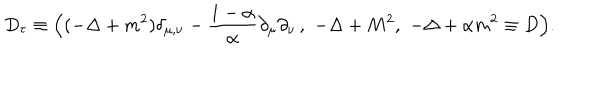
LaTeX: D _ { \tau } \equiv \Bigl ( ( - \Delta + m ^ { 2 } ) \delta _ { \mu , \nu } - \frac { 1 - \alpha } { \alpha } \partial _ { \mu } \partial _ { \nu } \, , \, \, - \Delta + M ^ { 2 } , \, \, - \Delta + \alpha m ^ { 2 } \equiv D \Bigr ) .